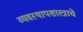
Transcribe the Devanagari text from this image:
व्यवस्थापशास्त्राचे